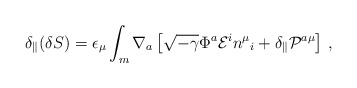
\begin{align*}\delta_\parallel ( \delta S ) =\epsilon_\mu \int_m \nabla_a \left[\sqrt{-\gamma} \Phi^a {\cal E}^i n^\mu{}_i + \delta_ \parallel {\cal P}^{a\mu}\right] \,,\end{align*}